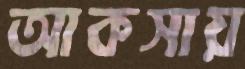
আকসায়